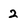
Character: 2